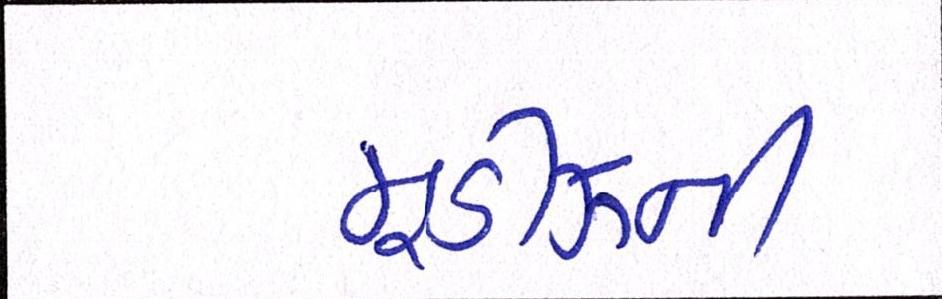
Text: મૂડીઝની